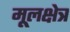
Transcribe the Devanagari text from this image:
मूलक्षेत्र